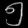
Digit: ၅